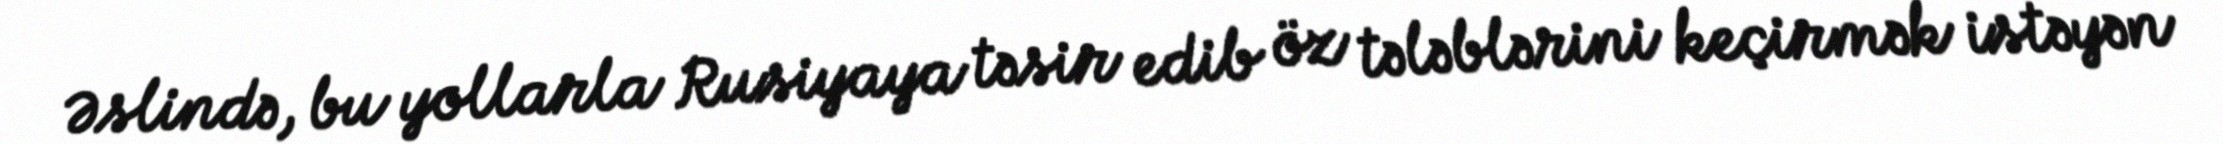
Əslində, bu yollarla Rusiyaya təsir edib öz tələblərini keçirmək istəyən